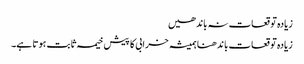
زیادہ توقعات نہ باندھیں
زیادہ توقعات باندھنا ہمیشہ خرابی کا پیش خیمہ ثابت ہوتا ہے۔